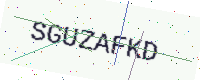
Text: SGUZAFKD